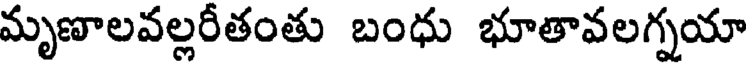
మృణాలవల్లరీతంతు బంధు భూతావలగ్నయా